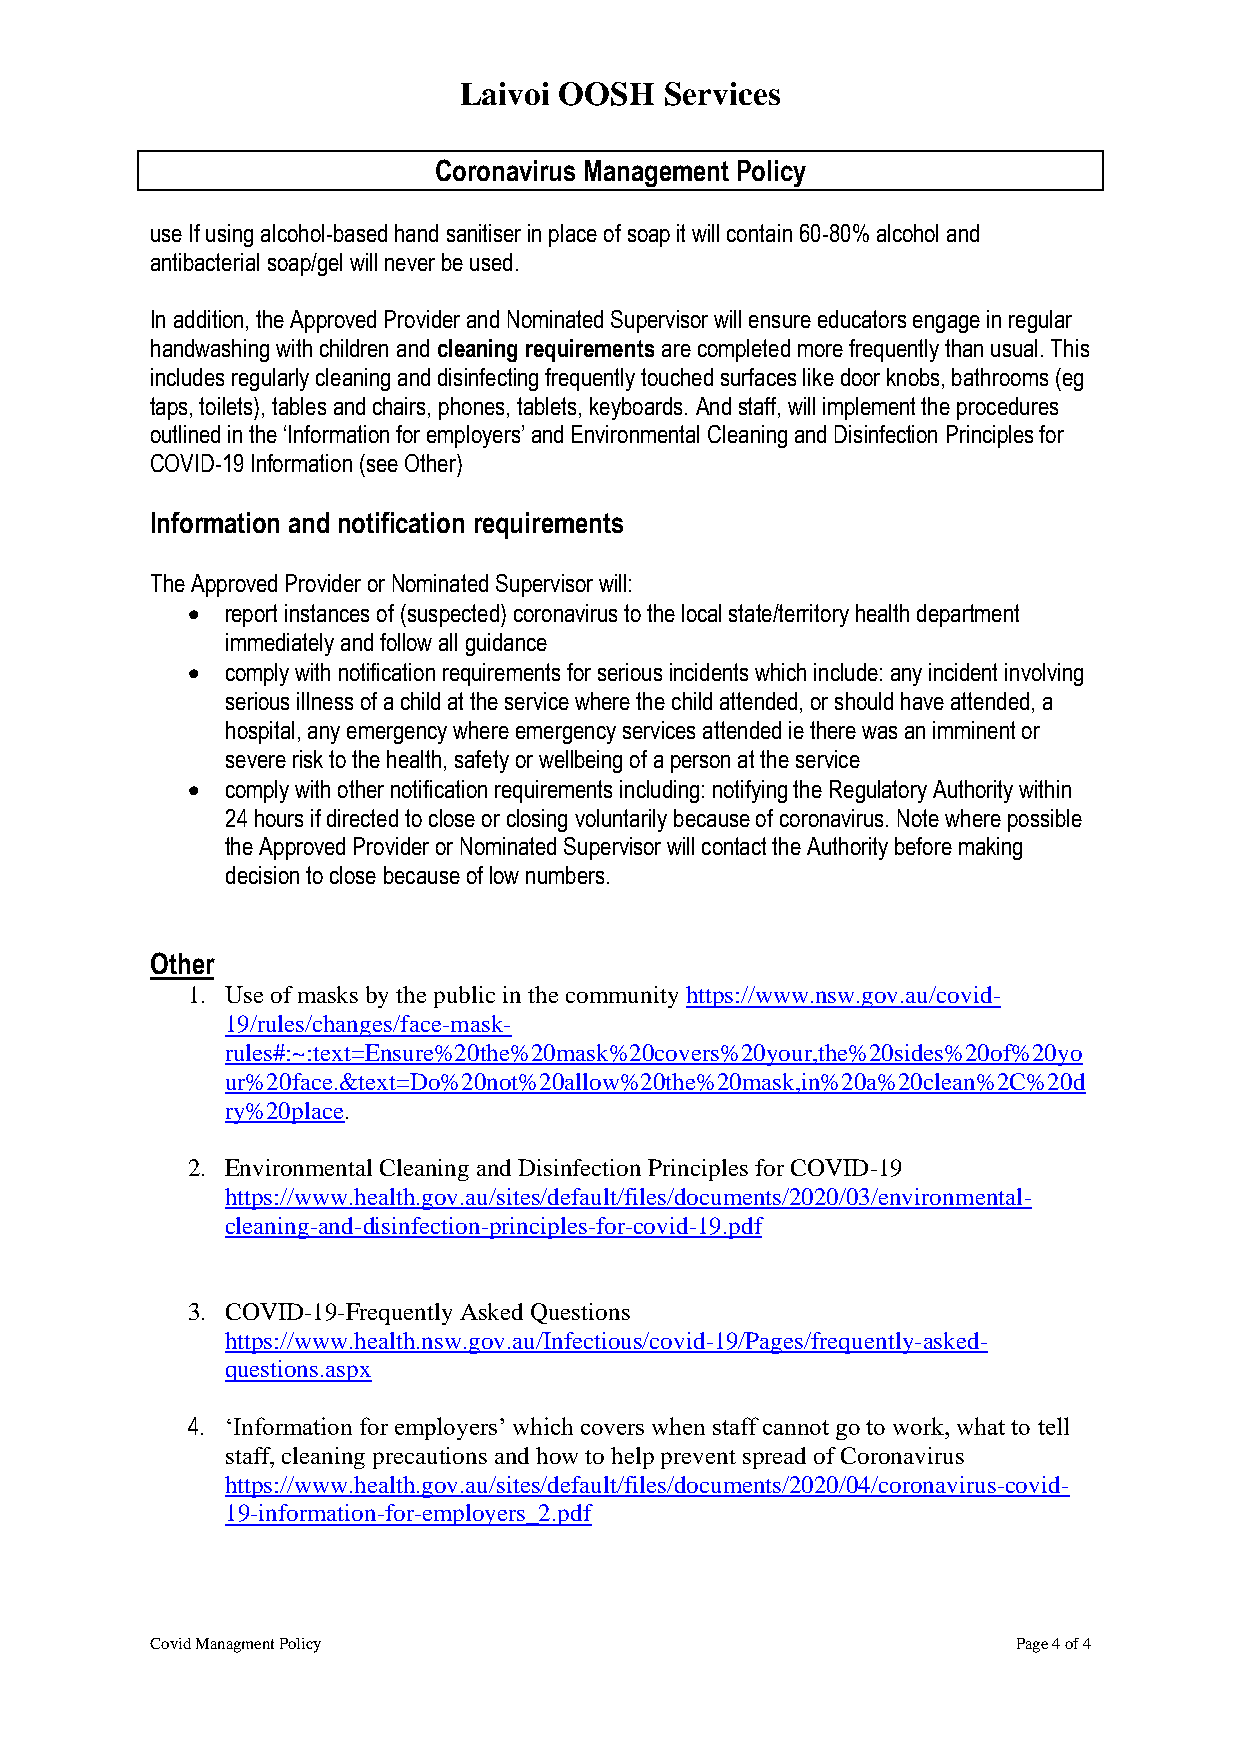
Laivoi OOSH   Services
 Coronavirus Management Policy
 use If using alcohol-based hand sanitiser in place of soap it will contain 60-80% alcohol and
 antibacterial soap/gel will never be used.
 In addition, the Approved Provider and Nominated Supervisor will ensure educators engage in regular
 handwashing with children and cleaning requirements are completed more frequently than usual. This
 includes regularly cleaning and disinfecting frequently touched surfaces like door knobs, bathrooms (eg
 taps, toilets), tables and chairs, phones, tablets, keyboards. And staff, will implement the procedures
 outlined in the ‘Information for employers’ and Environmental Cleaning and Disinfection Principles for
 COVID-19 Information (see Other)
 Information and notification requirements
 The Approved Provider or Nominated Supervisor will:
 •  report instances of (suspected) coronavirus to the local state/territory health department
 immediately and follow all guidance
 •  comply with notification requirements for serious incidents which include: any incident involving
 serious illness of a child at the service where the child attended, or should have attended, a
 hospital, any emergency where emergency services attended ie there was an imminent or
 severe risk to the health, safety or wellbeing of a person at the service
 •  comply with other notification requirements including: notifying the Regulatory Authority within
 24 hours if directed to close or closing voluntarily because of coronavirus. Note where possible
 the Approved Provider or Nominated Supervisor will contact the Authority before making
 decision to close because of low numbers.
 Other
 1. Use of masks by the public in the community https://www.nsw.gov.au/covid-
 19/rules/changes/face-mask-
 rules#:~:text=Ensure%20the%20mask%20covers%20your,the%20sides%20of%20yo
 ur%20face.&text=Do%20not%20allow%20the%20mask,in%20a%20clean%2C%20d
 ry%20place.
 2. Environmental Cleaning and Disinfection Principles for COVID-19
 https://www.health.gov.au/sites/default/files/documents/2020/03/environmental-
 cleaning-and-disinfection-principles-for-covid-19.pdf
 3. COVID-19-Frequently Asked Questions
 https://www.health.nsw.gov.au/Infectious/covid-19/Pages/frequently-asked-
 questions.aspx
 4. ‘Information for employers’ which covers when staff cannot go to work, what to tell
 staff, cleaning precautions and how to help prevent spread of Coronavirus
 https://www.health.gov.au/sites/default/files/documents/2020/04/coronavirus-covid-
 19-information-for-employers_2.pdf
 Covid Managment Policy                                   Page 4 of 4